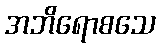
အဘိရောစသေ